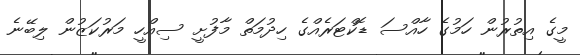
މީގެ އިތުރުން ހަމުގެ ހާއްސަ ޑޮކްޓަރެއްގެ ހިދުމަތް މާފުށީ ސިއްހީ މަރުކަޒުން ލިބޭނެ